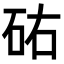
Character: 𥑛